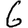
Digit: 6